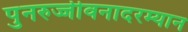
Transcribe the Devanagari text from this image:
पुनरुज्जीवनादरम्यान